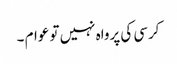
کرسی کی پرواہ نہیں تو عوام ۔